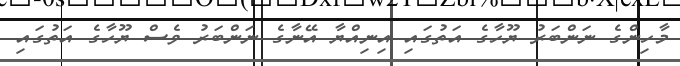
މާހިންގެ ނަންބަރު ޔޫހާގެ އަތުގައި އިނިއްޔާ އޭނާގެ ނަންބަރު ވެސް ޔޫހާގެ އަތުގައި